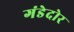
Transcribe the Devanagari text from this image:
गंडेदोर